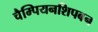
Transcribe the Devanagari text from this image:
चैम्पियनशिपबन